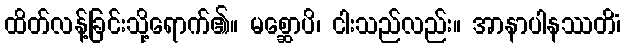
ထိတ်လန့်ခြင်းသို့ရောက်၏။ မစ္ဆောပိ၊ ငါးသည်လည်း။ အာနာပါနဿတိံ၊